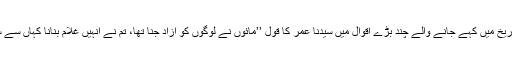
انسانی تاریخ میں کہے جانے والے چند بڑے اقوال میں سیدنا عمرؓ کا قول ’’مائوں نے لوگوں کو آزاد جنا تھا، تم نے انہیں غلام بنانا کہاں سے سیکھ لیا؟